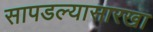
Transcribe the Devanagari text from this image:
सापडल्यासारखा